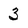
Character: 3